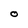
Character: O